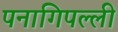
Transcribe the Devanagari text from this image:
पनागिपल्ली